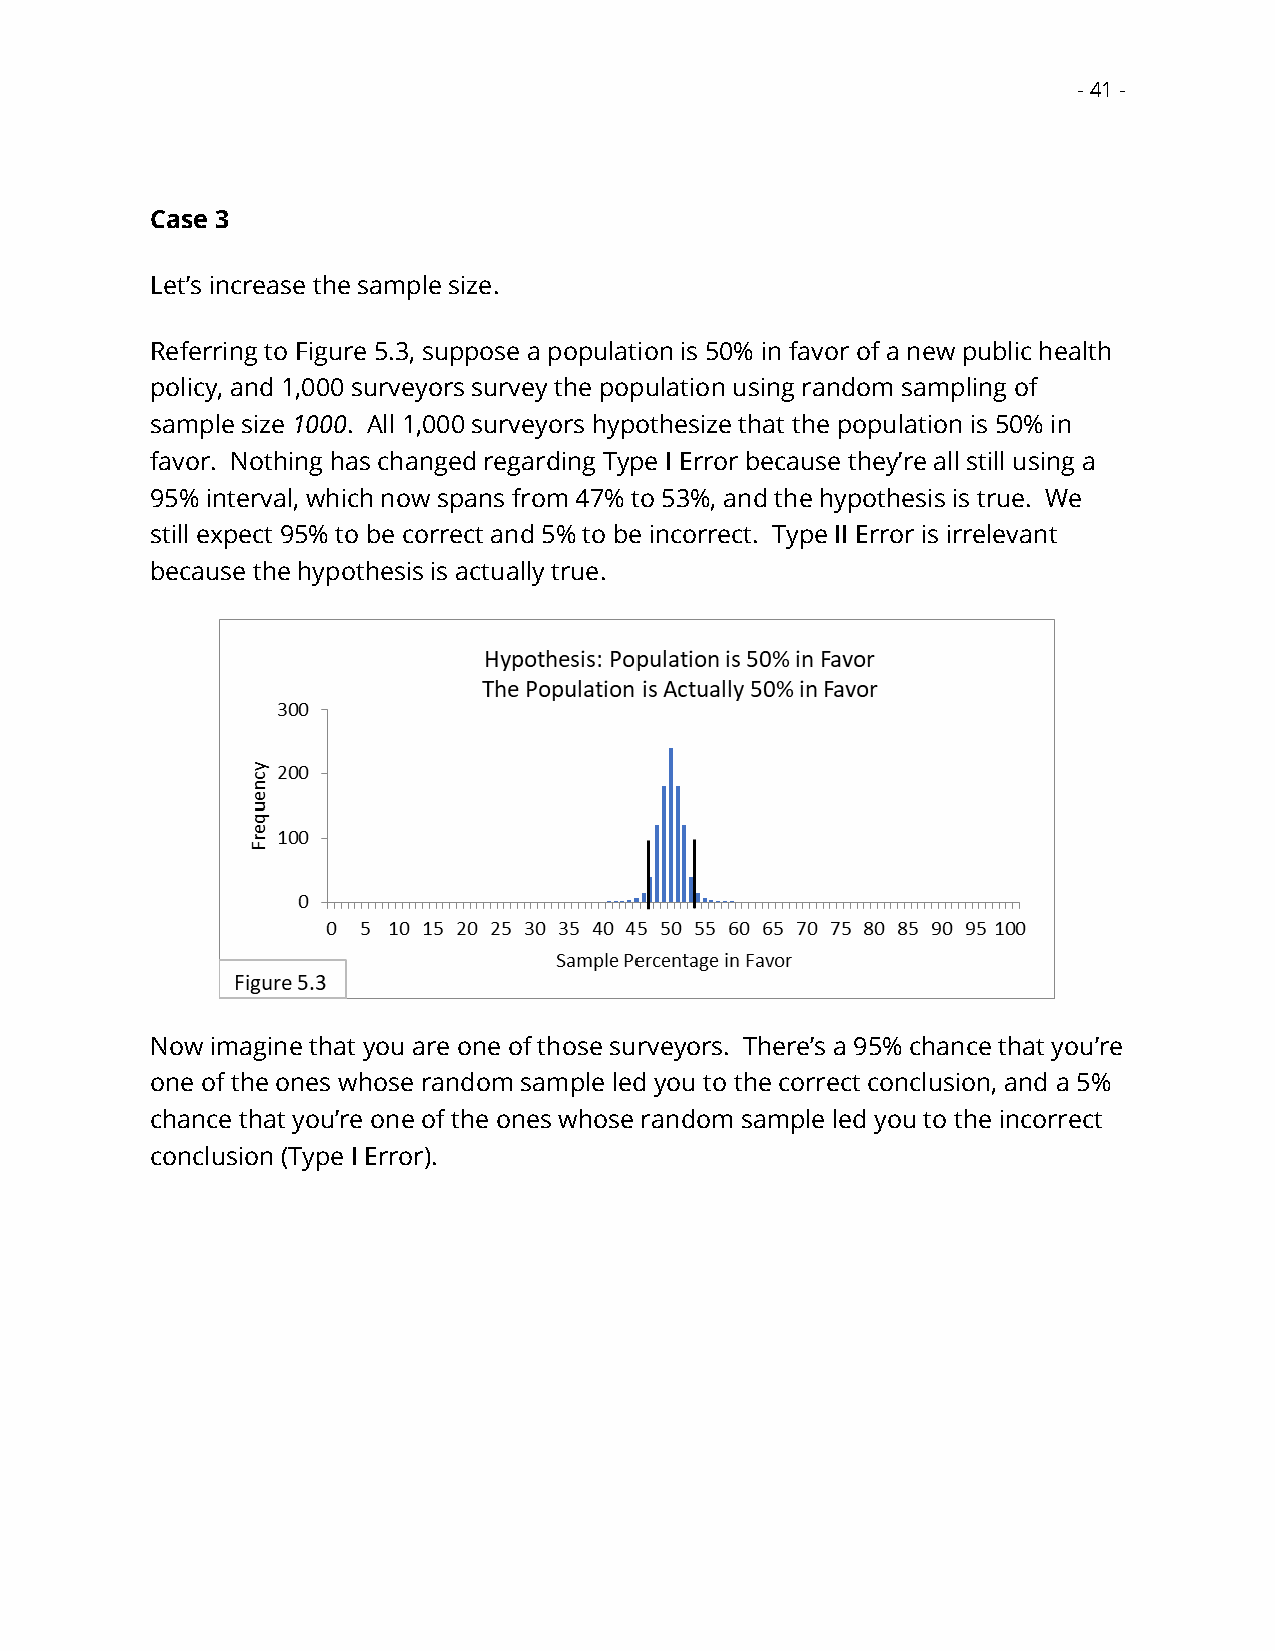
- 41 -
 Case 3
 Let’s increase the sample size.
 Referring to Figure 5.3, suppose a population is 50% in favor of a new public health
 policy, and 1,000 surveyors survey the population using random sampling of
 sample size 1000. All 1,000 surveyors hypothesize that the population is 50% in
 favor. Nothing has changed regarding Type I Error because they’re all still using a
 95% interval, which now spans from 47% to 53%, and the hypothesis is true. We
 still expect 95% to be correct and 5% to be incorrect. Type II Error is irrelevant
 because the hypothesis is actually true.
 Now imagine that you are one of those surveyors. There’s a 95% chance that you’re
 one of the ones whose random sample led you to the correct conclusion, and a 5%
 chance that you’re one of the ones whose random sample led you to the incorrect
 conclusion (Type I Error).